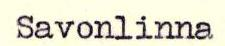
Savonlinna